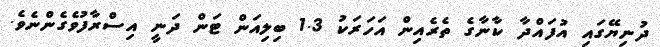
ދުނިޔޭގައި އުފައްދާ ކާނާގެ ތެރެއިން އަހަރަކު 1.3 ބިލިއަން ޓަން ދަނީ އިސްރާފުވެގެންނެވެ.